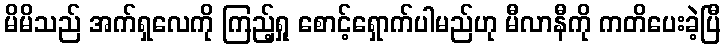
မိမိသည် အက်ရှလေကို ကြည့်ရှု စောင့်ရှောက်ပါမည်ဟု မီလာနီကို ကတိပေးခဲ့ပြီ